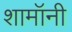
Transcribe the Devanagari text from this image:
शामॉनी